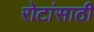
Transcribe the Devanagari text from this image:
रोटांसाठी